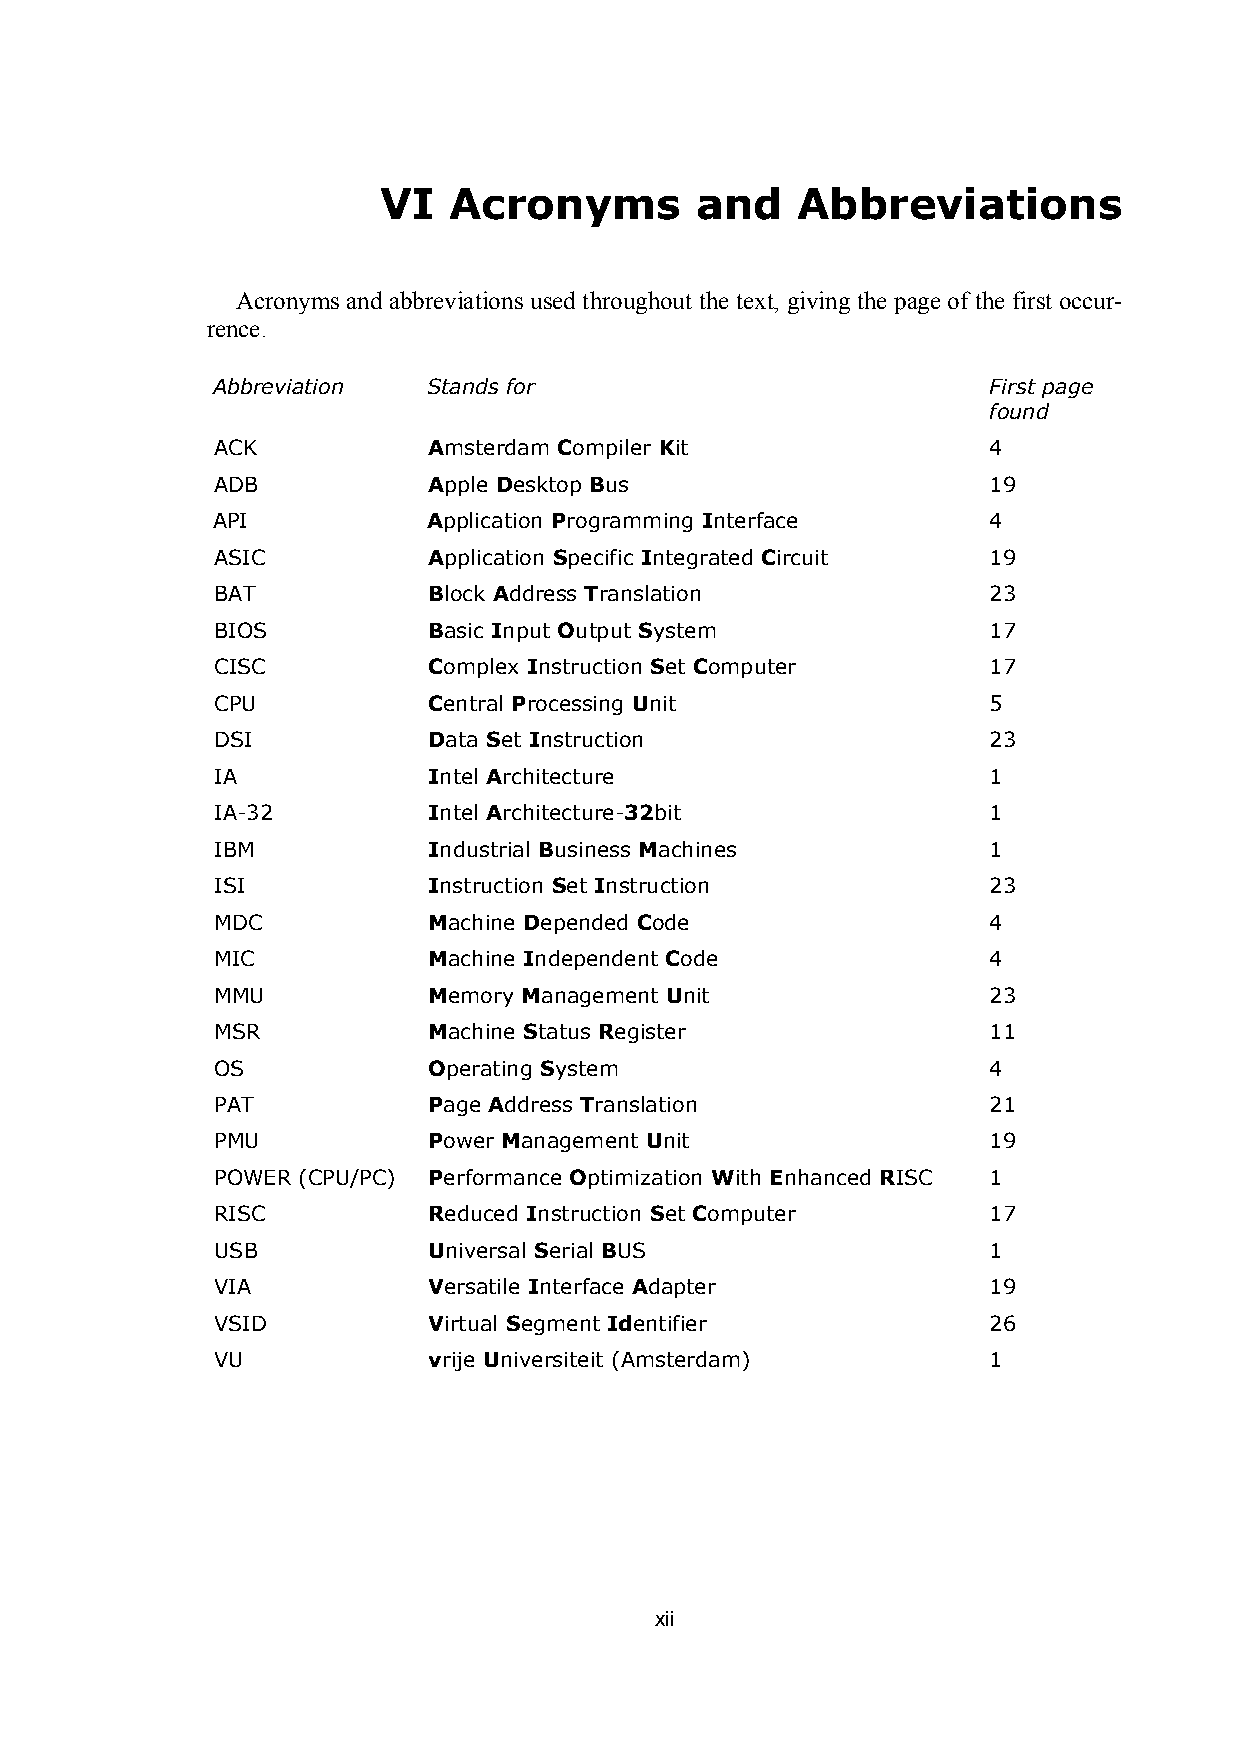
VI   Acronyms        and    Abbreviations
 Acronyms and abbreviations used throughout the text, giving the page of the first occur-
 rence.
 Abbreviation  Stands for                           First page
 found
 ACK           Amsterdam Compiler Kit               4
 ADB           Apple Desktop Bus                    19
 API           Application Programming Interface    4
 ASIC          Application Specific Integrated Circuit 19
 BAT           Block Address Translation            23
 BIOS          Basic Input Output System            17
 CISC          Complex Instruction Set Computer     17
 CPU           Central Processing Unit              5
 DSI           Data Set Instruction                 23
 IA            Intel Architecture                   1
 IA-32         Intel Architecture-32bit             1
 IBM           Industrial Business Machines         1
 ISI           Instruction Set Instruction          23
 MDC           Machine Depended Code                4
 MIC           Machine Independent Code             4
 MMU           Memory Management Unit               23
 MSR           Machine Status Register              11
 OS            Operating System                     4
 PAT           Page Address Translation             21
 PMU           Power Management Unit                19
 POWER (CPU/PC) Performance Optimization With Enhanced RISC 1
 RISC          Reduced Instruction Set Computer     17
 USB           Universal Serial BUS                 1
 VIA           Versatile Interface Adapter          19
 VSID          Virtual Segment Identifier           26
 VU            vrije Universiteit (Amsterdam)       1
 xii